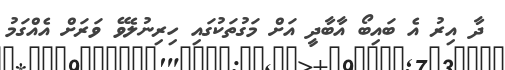
ދާ އިރު އެ ބައިބޯ އާބާދީ އަށް މަގުތަކުގައި ހިރިނުލެވޭ ވަރަށް އެއްގަމު